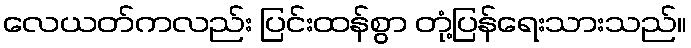
လေယတ်ကလည်း ပြင်းထန်စွာ တုံ့ပြန်ရေးသားသည်။